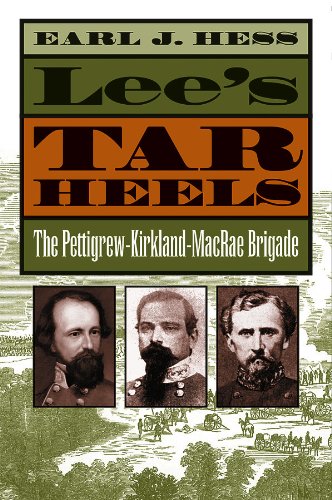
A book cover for Lee's Tar Heels: The Pettigrew-Kirkland-MacRae Brigade; Earl J. Hess; History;